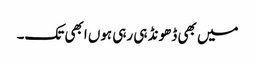
میں بھی ڈھونڈ ہی رہی ہوں ابھی تک۔